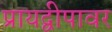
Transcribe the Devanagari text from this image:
प्रायद्वीपावर